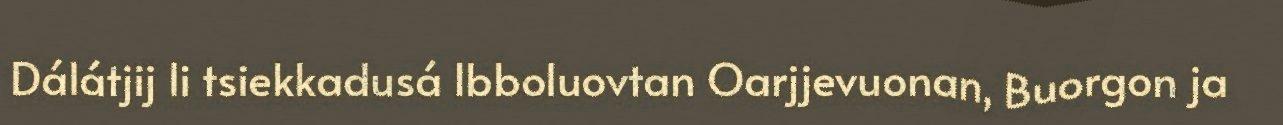
Dálátjij li tsiekkadusá Ibboluovtan Oarjjevuonan, Buorgon ja